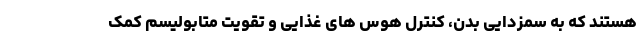
هستند که به سمزدایی بدن، کنترل هوس های غذایی و تقویت متابولیسم کمک